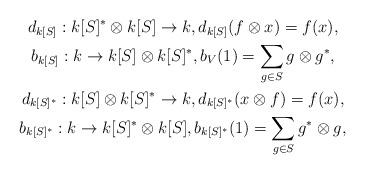
LaTeX: \begin{gather*}d_{k[S]}:k[S]^*\otimes k[S]\to k,d_{k[S]}(f\otimes x) = f(x),\\b_{k[S]}:k\to k[S]\otimes k[S]^*,b_V(1) = \sum_{g\in S} g\otimes g^*,\\d_{k[S]^*}:k[S]\otimes k[S]^*\to k,d_{k[S]^*}(x\otimes f) = f(x),\\b_{k[S]^*}:k\to k[S]^*\otimes k[S],b_{k[S]^*}(1) = \sum_{g\in S} g^*\otimes g,\end{gather*}